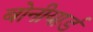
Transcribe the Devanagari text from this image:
बोनीयार्ड